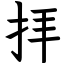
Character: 拝